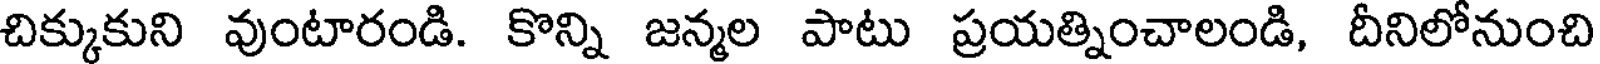
చిక్కుకుని వుంటారండి. కొన్ని జన్మల పాటు ప్రయత్నించాలండి, దీనిలోనుంచి